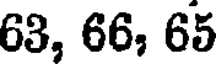
63, 66, 65